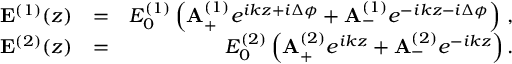
\begin{array} { r l r } { { \bf E } ^ { ( 1 ) } ( z ) } & { = } & { E _ { 0 } ^ { ( 1 ) } \left( { \bf A } _ { + } ^ { ( 1 ) } e ^ { i k z + i \Delta \phi } + { \bf A } _ { - } ^ { ( 1 ) } e ^ { - i k z - i \Delta \phi } \right) \, , } \\ { { \bf E } ^ { ( 2 ) } ( z ) } & { = } & { E _ { 0 } ^ { ( 2 ) } \left( { \bf A } _ { + } ^ { ( 2 ) } e ^ { i k z } + { \bf A } _ { - } ^ { ( 2 ) } e ^ { - i k z } \right) . } \end{array}